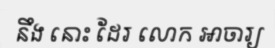
នឹង នោះ ដែរ លោក អាចារ្យ